Lunatic asylums Madras 1892-1911 - 1892-1911
Year: 1892
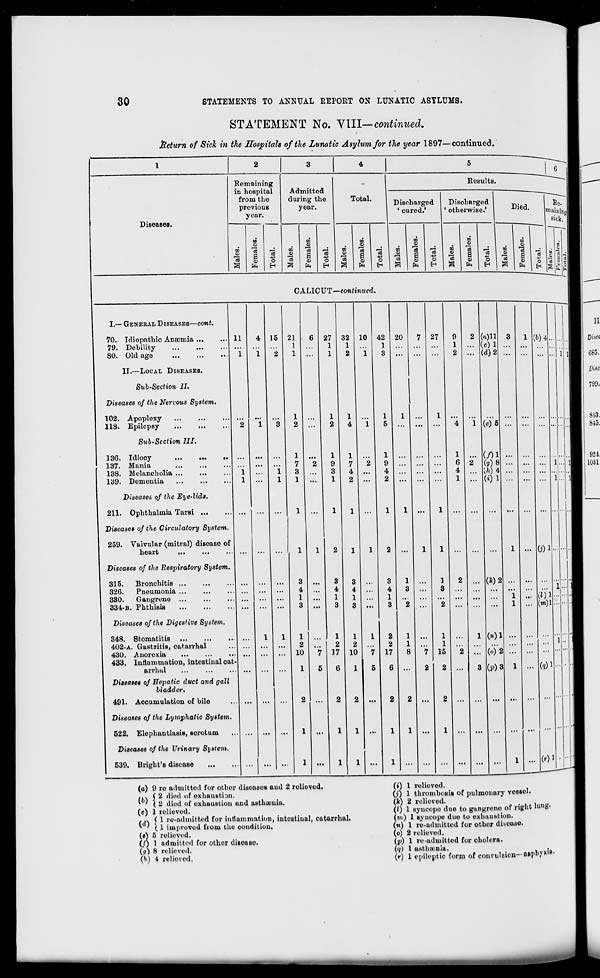
30
6TATEMENTS TO ANNUAL REPOET ON LUNATIC ASYLUMS.
STATEMENT No. VIII— continued.
iietum of Sick in the Hospitals of the Lunatic Asylum for the year 1897—continued.
(a) 9 ro admitted for other diseases and 2 relieved.
y, v ( 2 died of exhaustion.
» ' ( 2 tlied of exhaustiou and asthuonia.
(c) 1 relieved.
. ,v ( 1 rv-adinitted for inflammation, intestinal, catarrhal.
* ( ' ij. 1 improved from the condition.
(«) 5 relieved.
(/) 1 admittei 1 for other disease.
(<j) 8 relieved.
\h) 4 relieved,
(») 1 relieved.
(?) 1 thrombosis of pulmonary vessel.
(k) 2 relieved.
(I) 1 syncope duo to gangrene of right lung.
(ni) 1 syncope due to exhaustion.
(«) 1 re-admitted for other disease.
(o) 2 relieved.
(p) 1 ro-admitted for cholera.
((/) 1 asthuf.nia.
.
(r) 1 epileptic form of convulsion--aepnyju*-
1
2
3
4
5
6
T)ia<PftflftH
-
Bemaining
in hospital
from the
previous
year.
Admitted
during the
year.
Besults.
0.
1 1
1
Total.
Discharged
• cured.'
Discharged
otherwise.'
sit
l/lOCilDvO»
t/"
9
00
13
1 "c3
O
09
09
5
i ■d
0
00
cu
13
* 1
.
GO
13
a
CD
PR
o5
* 1
CO
0}
-3
S
CD
ft
13
4 s
DO
CD
13
00
CD
13
1
(9
EH 1
00
CD
00
CD
i
CD
. <
rs or
*-' — 1
O
cS 1
" *"B
CALICUT—continued.
I.— GENERAL DISEASES—cont.
'
70. Idiopathic Anamiia
79. Debility
80. Old age
ii
"i
4
i
15
2
21
1
1
6 27
1
1
32
1
2
10
i
42
1
3
20
7 27
9
1
2
2 (<i)ll
... (c)l
... (d)2
3
1
1
II.—LOCAL DISEASES.
Sub-Section II.
B
Diseases of the Nervous System.
102. Apoplexy
118. Epilepsy
2
"i 3
1
2
...
1
2
1
4
i
1
5
1
...
1
"4
i (e)*6
...
...
Sub-Section III.
136. Idiooy
137. Mania
138. Melancholia ...
139. Dementia
i
I
"i
1
1
7
3
1
*2
1
9
3
1
1
7
4
2
2
1
9
4
2
...
...
1
6
4
1
2
(/)1
(9)8
CO 4
(i)l
... ... 1
"'. i
Diseases of the Eye-lids.
211. Ophthalmia Tarsi
...
...
...
1
...
1
1 ...
1
1 ...
1
...
...
...
... ...
! Diseases of the Circulatory System.
259. Valvular (mitral) disease of
heart
...
...
1
1
2
1
1
2 ...
1
1
...
...
1 ... 0)i-
Diseases of the Respiratory System.
315.
Bronchitis
326.
Pneumonia ...
330.
Gangrene ...
334-B. Phthisis
...
...
...
3
4
1
3
3
4
1
3
3
4
1
3
3
4
1
3
1
3
2 i i i
1
3
*2
2
...
(*)2
"i
1
... (i)i-
(m)l...
1
Diseases of the Digestive System.
I
348. Stomatitis
402-A. Gastritis, catarrhal
430. Anorexia
433, Inlhimunition, intestinal cat
arrhul
-
I
1
1
2
10
1
"7
5
1
2
17
6
1
2
10
1
1
"7
5
2
2
17
6
1
1
8 "7
2
1
1
15
2
"a
1
3
(*)1
(o)"2
(P)» 1
... ... i
(Q)1...
1
Diseases of Hepatic duct and gall
j
bladder.
491. Accumulation of bile
...
...
...
2 ...
2
2 ...
2
2 ...
2 ...
...
...
...
... ... •■
Diseases of the Lymphatic System.
522. Elephantiasis, scrotum
. ...
...
...
1
...
1
1 ...
1
1 ...
1 ...
...
...
...
... ... •
Diseases of the Urinary System.
1 539. Blight's disease
...
...
1 ...
1
1 ...
1
...
...
...
...
...
...
1 ... (r)l •
■~~-w